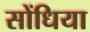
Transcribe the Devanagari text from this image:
सोंधिया